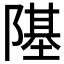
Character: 𨼂